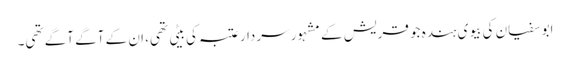
ابو سفیان کی بیوی ہندہ جو قریش کے مشہور سردار عتبہ کی بیٹی تھی، ان کے آگے آگے تھی۔